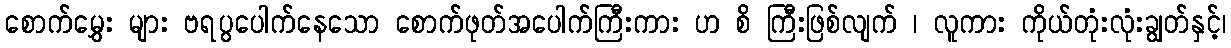
စောက်မွှေး များ ဗရပွပေါက်နေသော စောက်ဖုတ်အပေါက်ကြီးကား ဟ စိ ကြီးဖြစ်လျက် ၊ လူကား ကိုယ်တုံးလုံးချွတ်နှင့်၊